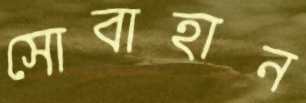
সোবাহান